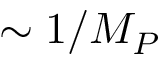
\sim 1 / M _ { P }